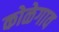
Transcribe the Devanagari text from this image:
कोळेगाव